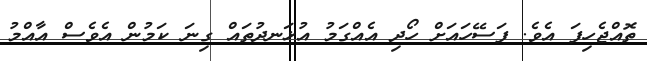
ތޮއްޖެހިފަ އެވެ. ފަސޭހައަށް ހޯދި އެއްގަމު އުޅަނދުތައް ގިނަ ކަމުން އެވެސް އާއްމު